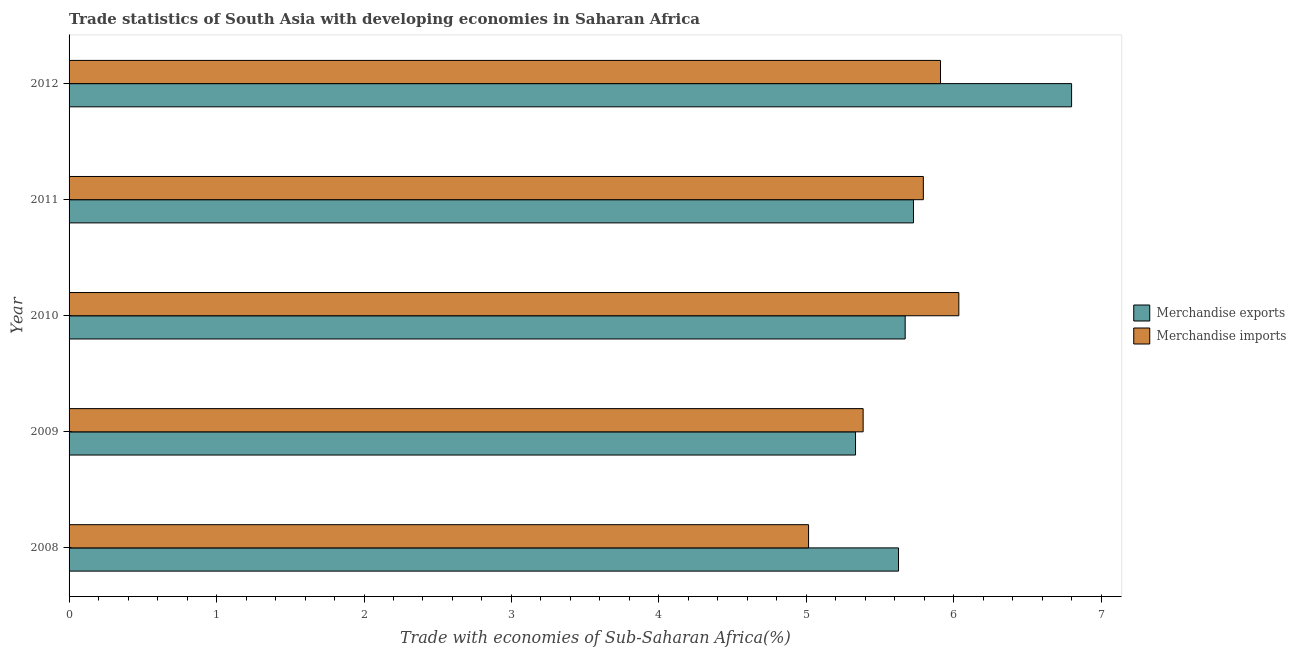
| Year | Merchandise exports | Merchandise imports |
 | --- | --- | --- |
 | 2008 | 5.62 | 5.01 |
 | 2009 | 5.33 | 5.38 |
 | 2010 | 5.67 | 6.03 |
 | 2011 | 5.73 | 5.79 |
 | 2012 | 6.8 | 5.91 |